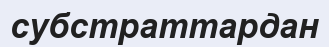
субстраттардан